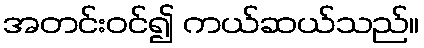
အတင်းဝင်၍ ကယ်ဆယ်သည်။